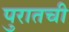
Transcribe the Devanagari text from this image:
पुरातची